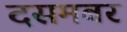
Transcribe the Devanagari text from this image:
दसमबर